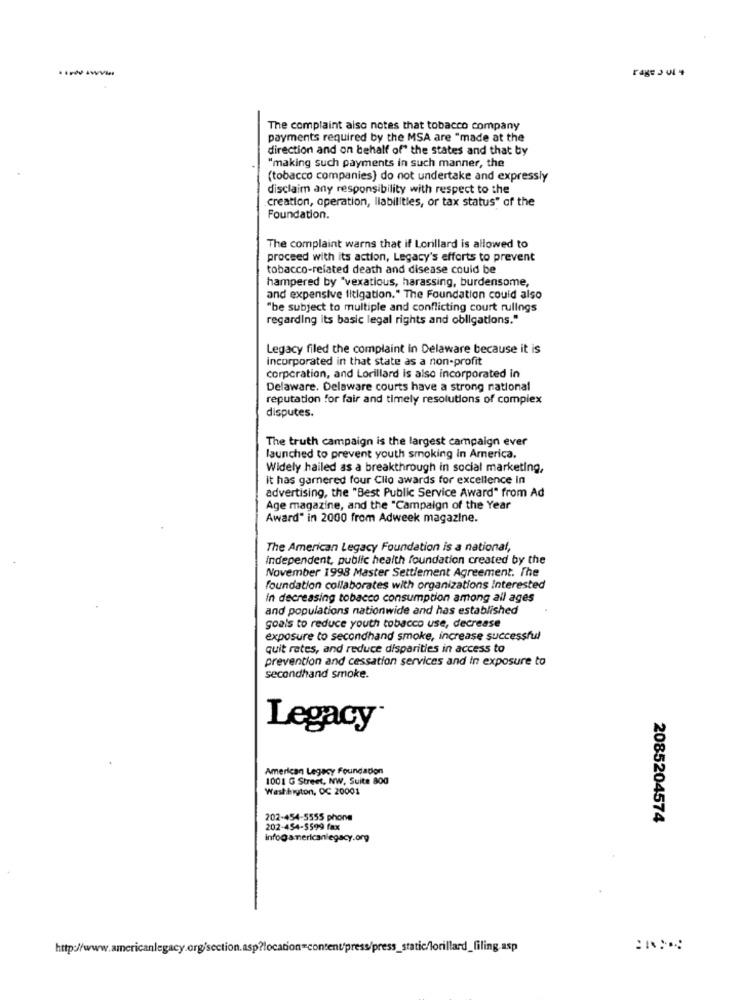
rage J w +
The complaint also notes that tobacco company
payments required by the MSA are "made at the
direction and on behalf of" the states and that by
"making such payments in such manner, the
(tobacco companies) do not undertake and expressly
disclaim any responsibility with respect to the
creation, operation, liabilities, or tax status" of the
Foundation.
The complaint warns that if Lorillard is allowed to
proceed with its action, Legacy's efforts to prevent
tobacco-related death and disease could be
hampered by "vexatious, harassing, burdensome,
and expensive litigation." The Foundation could also
"be subject to multiple and conflicting court rulings
regarding its basic legal rights and obligations."
Legacy filed the complaint in Delaware because it is
incorporated in that state as a non-profit
corporation, and Lorillard is also incorporated in
Delaware. Delaware courts have a strong national
reputation for fair and timely resolutions of complex
disputes.
The truth campaign is the largest campaign ever
launched to prevent youth smoking In America.
Widely hailed as a breakthrough in social marketing,
it has garnered four Clio awards for excellence in
advertising, the "Best Public Service Award" from Ad
Age magazine, and the "Campaign of the Year
Award" in 2000 from Adweek magazine.
The American Legacy Foundation is a national,
independent, public health foundation created by the
November 1998 Master Settlement Agreement. The
foundation collaborates with organizations Interested
In decreasing tobacco consumption among all ages
and populations nationwide and has established
goals to reduce youth tobacco use, decrease
exposure to secondhand smoke, increase successful
quit rates, and reduce disparities in access to
prevention and cessation services and in exposure to
secondhand smoke.
Legacy
American Legacy Foundation
1001 G Street, NW, Suite 800
Washington, DC 20001
202-454-5555 phone
2085204574
202-454-5599 fax
info@americanlegacy.org
http://www.americanlegacy.org/section.asp?location=content/press/press_static/lorillard_filing.asp